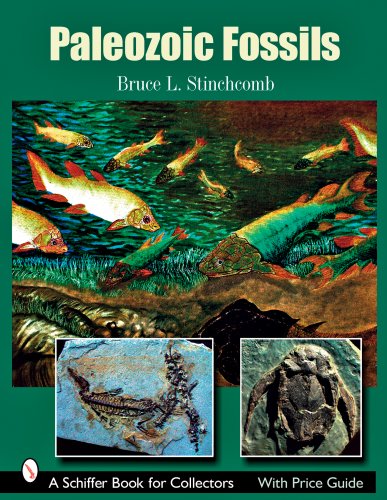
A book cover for Paleozoic Fossils (Schiffer Book for Collectors); Bruce L. Stinchcomb; Science & Math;